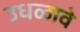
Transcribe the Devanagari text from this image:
उधळावे